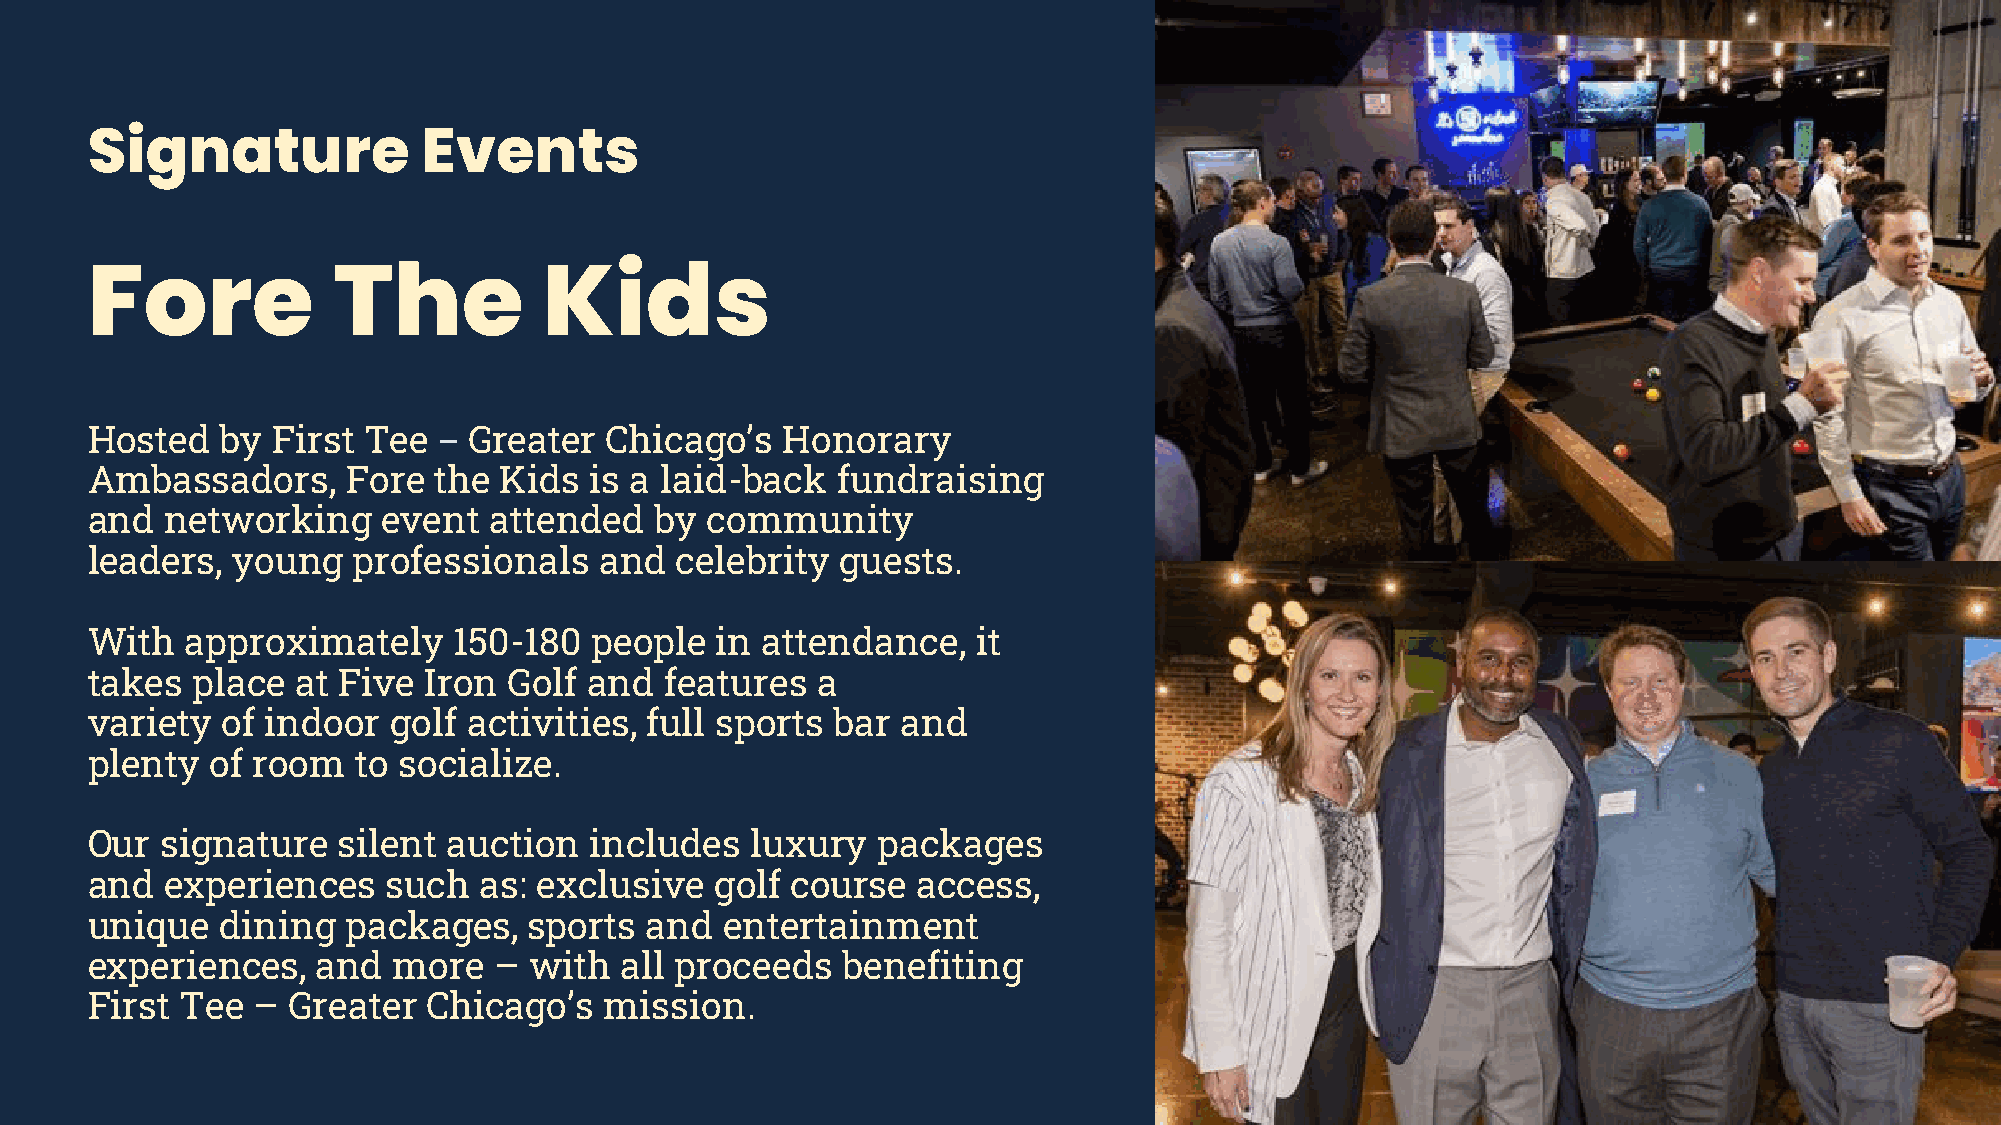
Signature             Events
 Fore            The           Kids
 Hosted   by First Tee    Greater  Chicago’s   Honorary
 –
 Ambassadors,     Fore  the Kids  is a laid-back  fundraising
 and  networking    event  attended   by  community
 leaders, young   professionals    and  celebrity  guests.
 With  approximately     150-180  people  in attendance,    it
 takes  place  at Five Iron  Golf and  features  a
 variety  of indoor  golf activities, full sports bar  and
 plenty  of room   to socialize.
 Our  signature  silent  auction  includes   luxury  packages
 and  experiences    such  as: exclusive  golf course   access,
 unique   dining  packages,   sports  and  entertainment
 experiences,   and  more   – with  all proceeds   benefiting
 First Tee  – Greater  Chicago’s   mission.